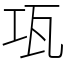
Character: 瓨